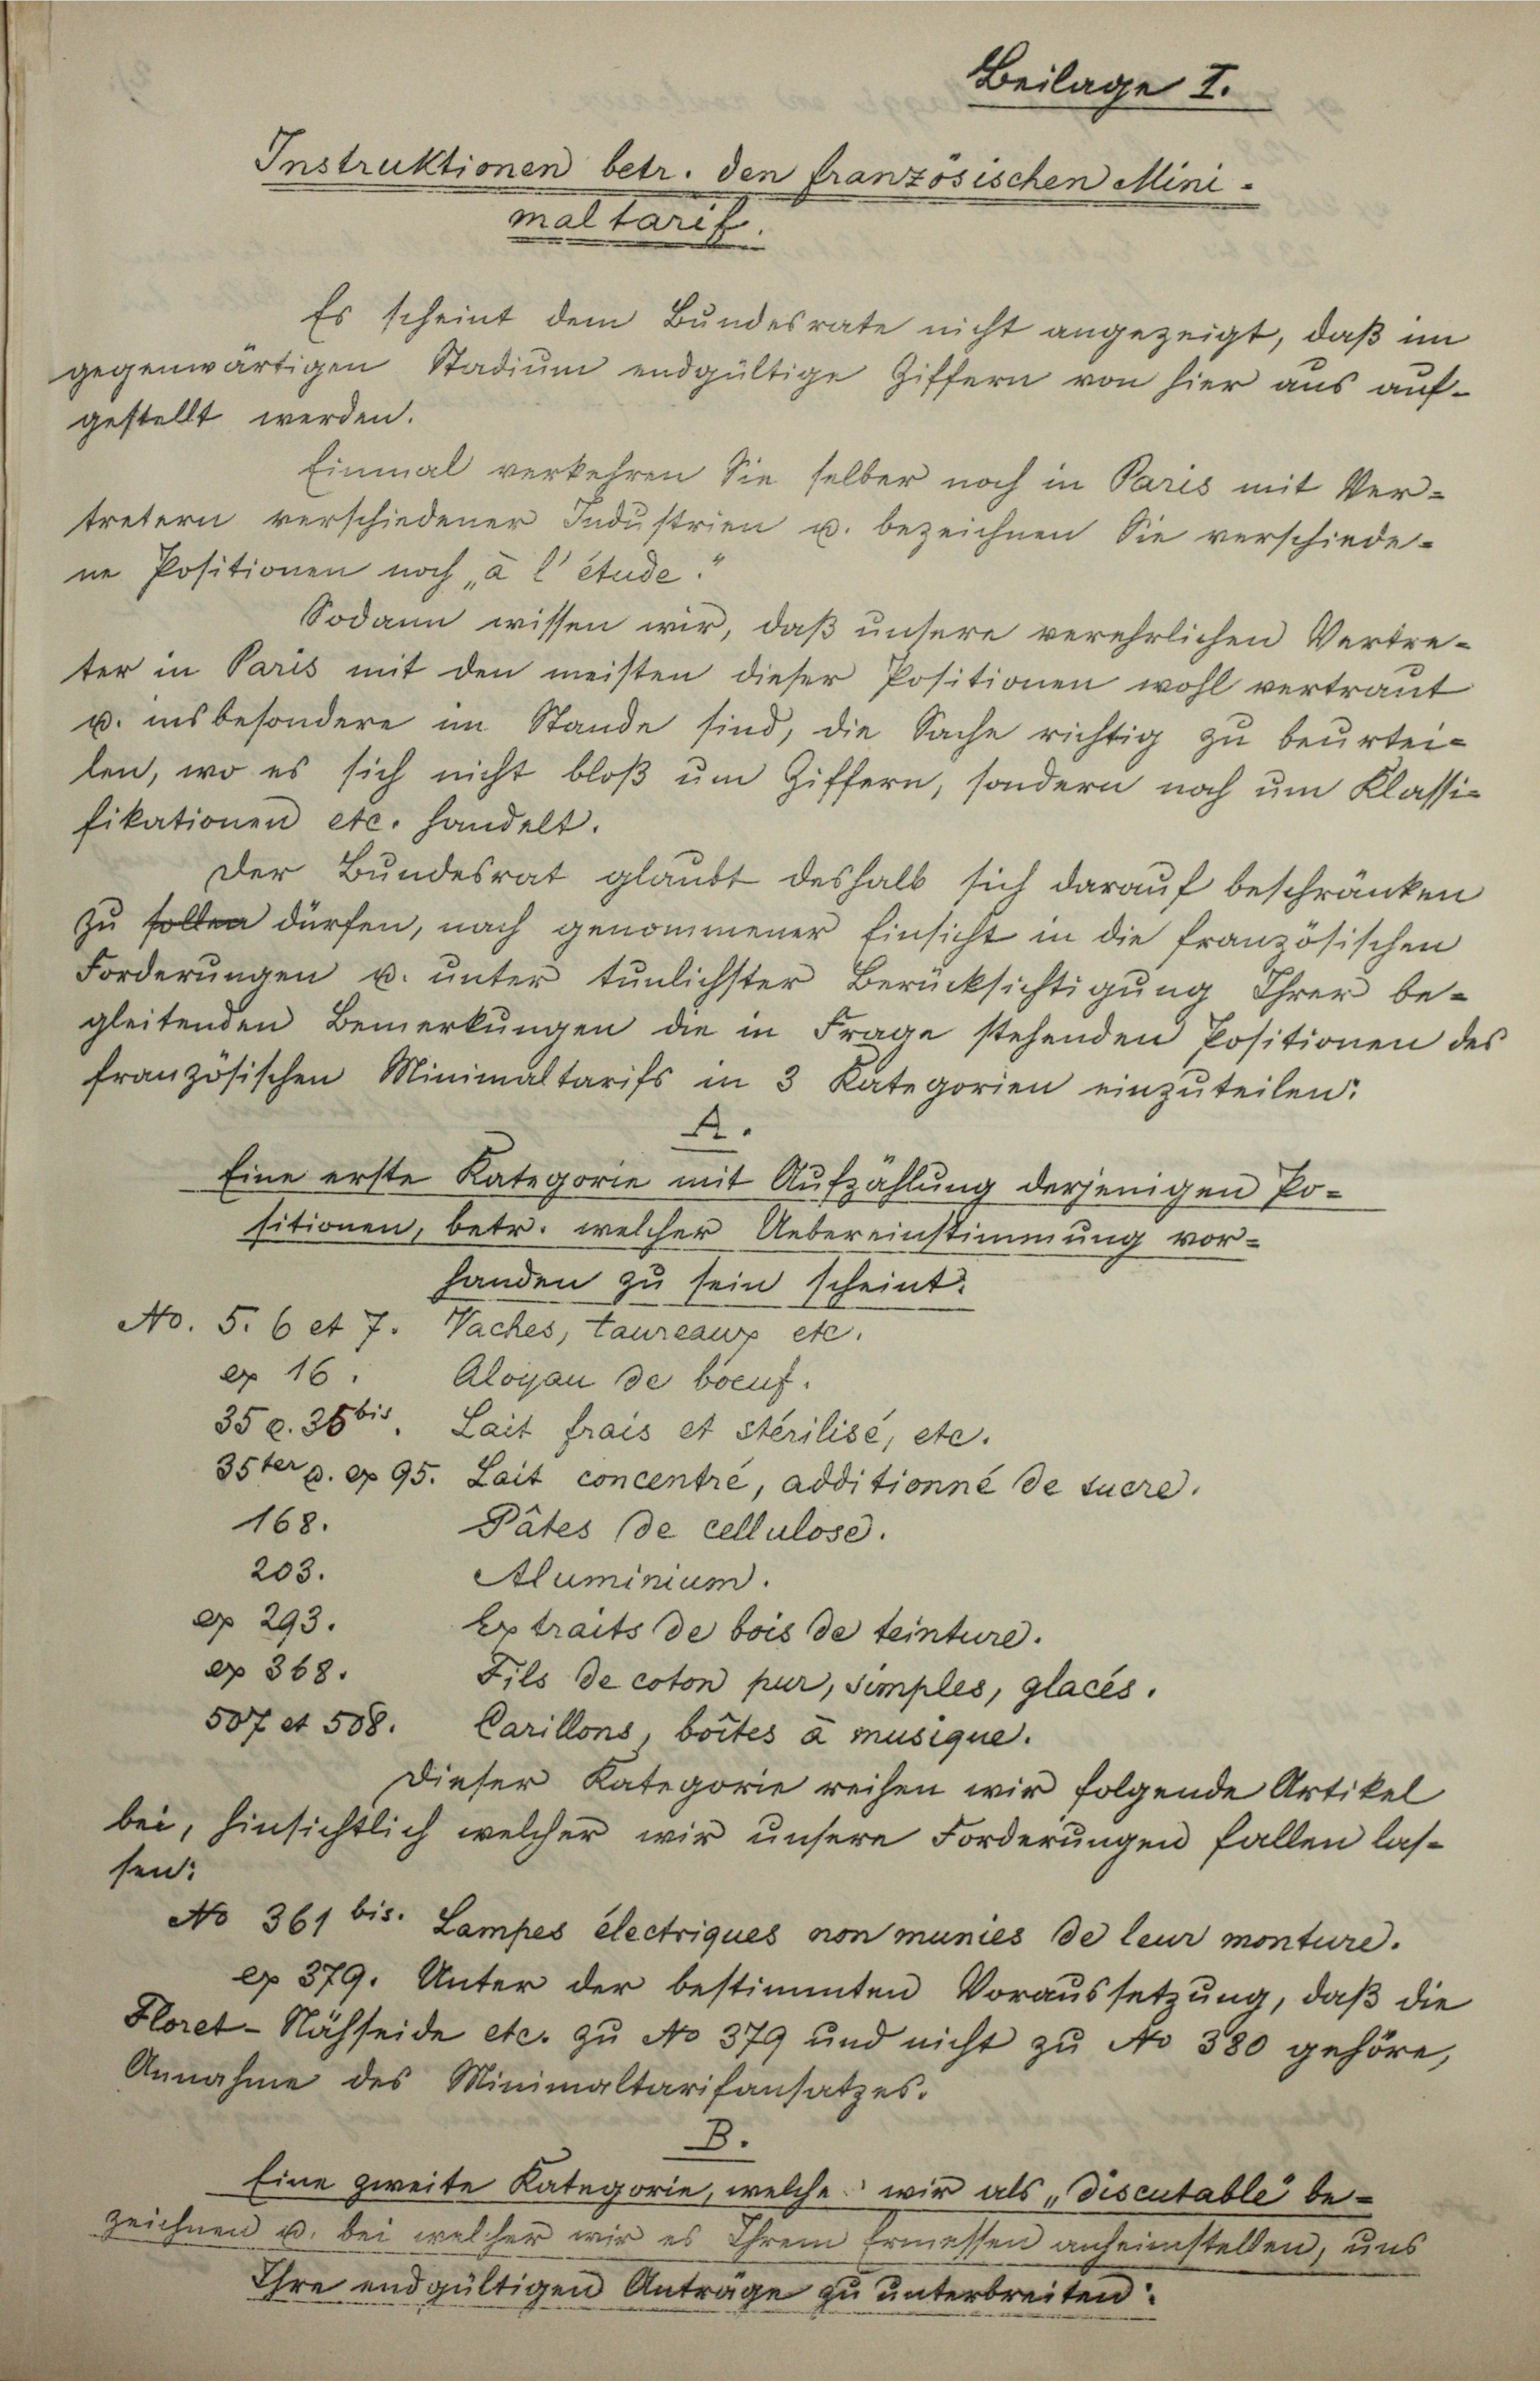
Es scheint dem Bundesrate nicht angezeigt, daß
gegenwärtigen Stadium endgültige Ziffern von hier aus auf-
gestellt werden.
Einmal verkehren Sie selber noch in Paris mit Ver-
tretern verschiedener Industrien u. bezeichnen Sie verschiede-
ne Positionen noch, a l Stude
Sodann wissen wir, daß untere verehrlichen Vertre-
ter in Paris mit den meisten dieser Positionen wohl vertraut
u. insbesondere im Stande sind, die Sache richtig zu beurteilen, wo es sich nicht bloß um Giffern, sondern noch um Klassifikationen etc. handelt.
Der Bŭndesrat glaŭbt deshalb sich daraŭf beschränken
zu sollen dürfen, nach genommener Einsicht in die französischen
Forderŭngen u. ŭnter tŭnlichster Berücksichtigŭng ihrer be-
gleitenden Bemerkŭngen die in Frage stehenden Positionen des
französischen Minimaltarifs in 3 Kategorien einzŭteilen:
4.
Eine erste Kategorie mit Aufzählung derjenigen Positionen, betr. welcher Uebereinstimmung vor-
handen zu sein scheint.
No. 5. 6 et 7. Naches, taureaux etc.
§ 16. Alogau de boeuf
350. 3661. Lait frais et Sterilisé, etc.
35ter a. c. 95. Lait concentré, additionne de tuere
168.
Pätes (de cellulose.
203.
Aluminium.
cr 293.
Extraits de bois de teinture.
§ 368.
Fils de coton pur, Simples, glacés.
507 et 508. Carillons, bottes a musique.
Dieser Kategorie reihen wir folgende Artikel
bei, hinsichtlich welcher wir unsere Forderungen fallen lassen:
No 361 bis. Lampes electriques von munies de leur monture.
c 879. Unter der bestimmten Voraussetzung, daß die
Hloret-Nähseide etc. zŭ No 379 und nicht zŭ No 380 gehöre,
Annahme des Minimaltarifansatzes.
8.
Eine zweite Kategorie, welche wir als Discutable be¬
Zeichnen u. bei weller wir es ihrem Ermessen anheimstellen, uns
Ihre endgültigen Anträge zu unterbreiten.

Beilage I.
Instruktionen betr. den französischen Mini-
mnes trath

im